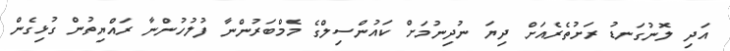
އަދި ލޮނުގަނޑު ރަށުތެރެއަށް ދިޔަ ނުދިނުމަށް ކައުންސިލްގެ މެމްބަރުންނާ ފުލުހުންނާ ރައްޔިތުން ގުޅިގެން